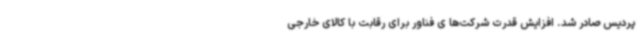
پردیس صادر شد. افزایش قدرت شرکت‌ها ی فناور برای رقابت با کالای خارجی